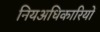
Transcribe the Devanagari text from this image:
नियअधिकारियों